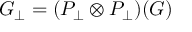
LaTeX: G _ { \perp } = ( P _ { \perp } \otimes P _ { \perp } ) ( G )